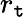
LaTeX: r_{\mathtt{t}}